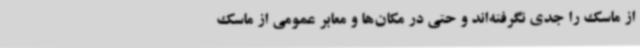
از ماسک را جدی نگرفته‌اند و حتی در مکان‌ها و معابر عمومی از ماسک